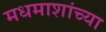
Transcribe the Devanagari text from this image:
मधमाशांच्या